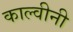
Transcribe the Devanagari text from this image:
काल्वीनी